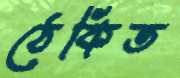
ঠেকিত